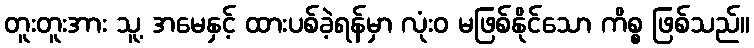
တူးတူးအား သူ့ အမေနှင့် ထားပစ်ခဲ့ရန်မှာ လုံးဝ မဖြစ်နိုင်သော ကိစ္စ ဖြစ်သည်။